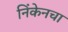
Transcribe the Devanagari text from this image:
निंकेनचा